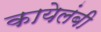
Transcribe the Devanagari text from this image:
कायेलंबी